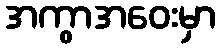
အကွာအဝေးမှာ